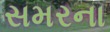
સમરના